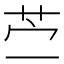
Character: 苎